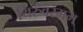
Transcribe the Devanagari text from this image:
थिरुवरंगम